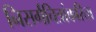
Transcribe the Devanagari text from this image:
निसर्गचित्रांकरिता